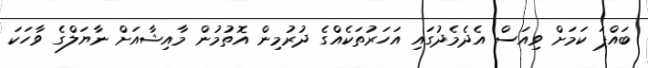
ބައްޕަ ކަމަށް ވިއަސް އެދެމެދުގައި އަހަރުތަކެއްގެ ދުރުމިން އޮތުމުން މާއިޝާއަށް ނާޔަލްގެ ވާހަކަ